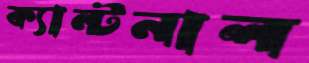
ক্যান্টনাল